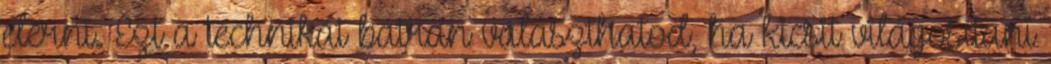
elérni. Ezt a technikát bátran választhatod, ha kicsit világosítani